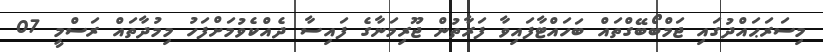
މިސަރަޙައްދުގައި ޖަމްބޯބޭގްތައް ބަހައްޓާފައިވާ ފަރާތުން ޖޫރިމަނާގެ ފައިސާ ދެއްކެވުމަށްފަހު މިމުދާތައް ރަސްމީ 07